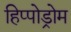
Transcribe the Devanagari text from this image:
हिप्पोड्रोम